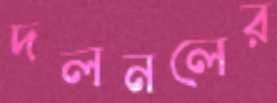
দলনলের